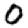
Digit: 0